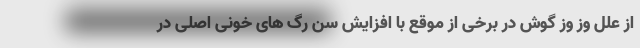
از علل وز وز گوش در برخی از موقع با افزایش سن رگ های خونی اصلی در